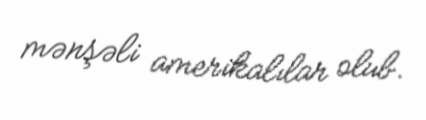
mənşəli amerikalılar olub.